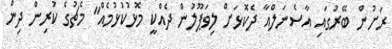
ރަށުން ބޭރުގައި އާސެނަލްއާ ދެކޮޅަށް ލިވަޕޫލުން ދެއްކީ މޮޅުކުޅުމެއް" މެޗުގެ ކުރިން ދިން